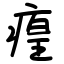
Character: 㾮